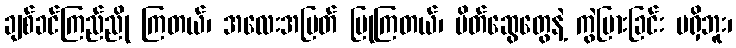
ချစ်ခင်ကြည်ညို ကြတယ်၊ အလေးအမြတ် ပြုကြတယ်၊ မိတ်ဆွေတွေနဲ့ ကွဲပြားခြင်း မရှိဘူး၊